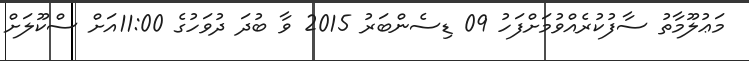
މަޢުލޫމާތު ސާފުކުރެއްވުމަށްފަހު 09 ޑިސެންބަރު 2015 ވާ ބުދަ ދުވަހުގެ 11:00އަށް ސްކޫލަށް